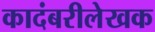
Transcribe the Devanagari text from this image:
कादंबरीलेखक